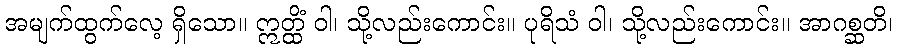
အမျက်ထွက်လေ့ ရှိသော။ ဣတ္ထိံ ဝါ၊ သို့လည်းကောင်း။ ပုရိသံ ဝါ၊ သို့လည်းကောင်း။ အာဂစ္ဆတိ၊